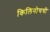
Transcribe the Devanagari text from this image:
किलिनोचची